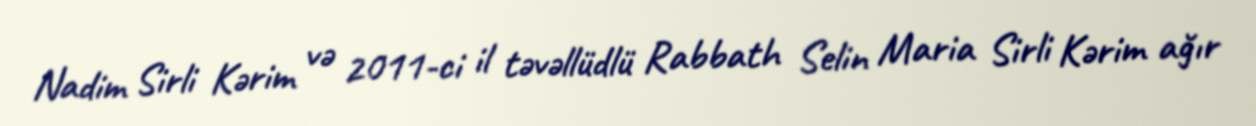
Nadim Sirli Kərim və 2011-ci il təvəllüdlü Rabbath Selin Maria Sirli Kərim ağır